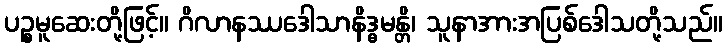
ပဉ္စမူဆေးတို့ဖြင့်။ ဂိလာနဿဒေါသာနိဒ္ဓမန္တိ၊ သူနာအားအပြစ်ဒေါသတို့သည်။